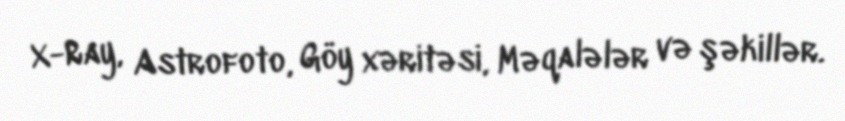
X-Ray, Astrofoto, Göy xəritəsi, Məqalələr və şəkillər.